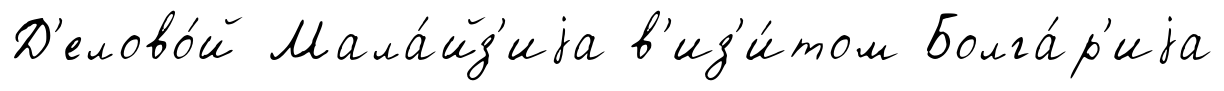
Д'елово́й Мала́йз'иjа в'из'и́том Болга́р'иjа